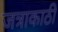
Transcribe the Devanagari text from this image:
जत्राकाठी